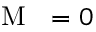
\mathrm { ~ \emph ~ { ~ M ~ } ~ } = 0